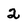
Character: 2